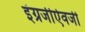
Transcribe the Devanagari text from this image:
इंग्रजीऐवजी